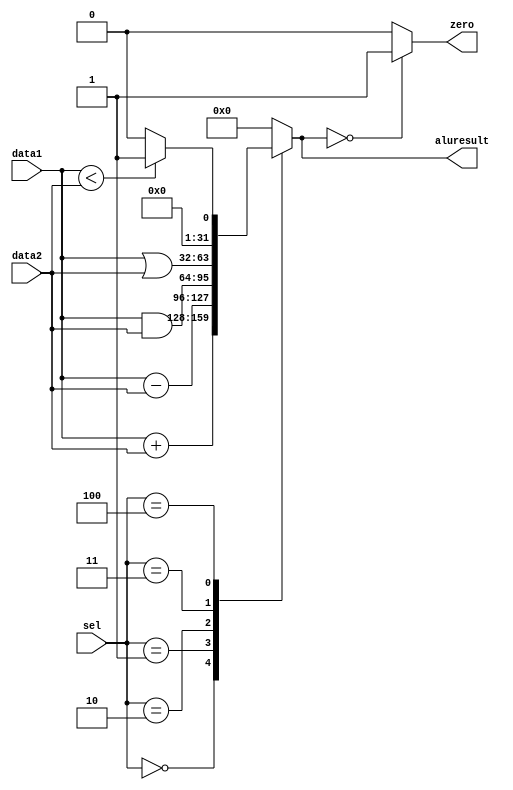
`timescale 1ns/1ps
module ALU(input [31:0] data1, data2, input [2:0] sel, output reg [31:0] aluresult,output reg zero);

always @(*)
begin
case(sel)

3'b000: aluresult = data1 + data2; //add
3'b001: aluresult = data1 - data2; //sub
3'b010: aluresult = data1 & data2; //and
3'b011: aluresult = data1 | data2; //or
3'b100: begin
if(data1 < data2)
          aluresult = 32'b1;
else
          aluresult = 32'b0;
        end     
default : aluresult = 0;

endcase
zero = (aluresult==0)? 1'b1 : 1'b0;
end

endmodule